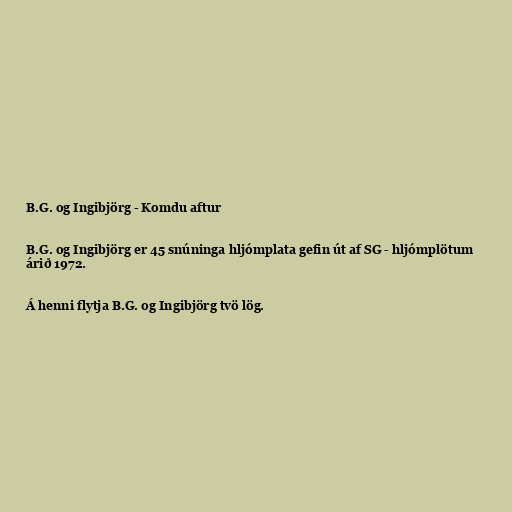
B.G. og Ingibjörg - Komdu aftur

B.G. og Ingibjörg er 45 snúninga hljómplata gefin út af SG - hljómplötum
árið 1972.

Á henni flytja B.G. og Ingibjörg tvö lög.